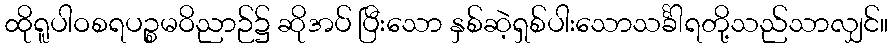
ထိုရူပါဝစရပဉ္စမဝိညာဉ်၌ ဆိုအပ် ပြီးသော နှစ်ဆဲ့ရှစ်ပါးသောသင်္ခါရတို့သည်သာလျှင်။